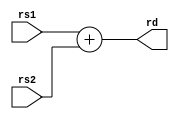
`timescale 10ns/100ps

module alu_add (
    input  [31: 0] rs1,
    input  [31: 0] rs2,
    output [31: 0] rd
    );

    assign rd = rs1 + rs2;
endmodule

module alu_sub (
    input  [31: 0] rs1,
    input  [31: 0] rs2,
    output [31: 0] rd
    );

    assign rd = rs1 - rs2;
endmodule

module alu_sll (
    input  [31: 0] rs1,
    input  [31: 0] rs2,
    output [31: 0] rd
    );

    wire   [ 4: 0]  amount;

    assign amount = rs2[4: 0];
    assign rd = rs1 << amount;
endmodule

module alu_slt (
    input  [31: 0] rs1,
    input  [31: 0] rs2,
    output [31: 0] rd
    );

    assign rd = {31'b0, $signed(rs1) < $signed(rs2)};
endmodule

module alu_sltu (
    input  [31: 0] rs1,
    input  [31: 0] rs2,
    output [31: 0] rd
    );

    assign rd = {31'b0, rs1 < rs2};
endmodule

module alu_xor (
    input  [31: 0] rs1,
    input  [31: 0] rs2,
    output [31: 0] rd
    );

    assign rd = rs1 ^ rs2;
endmodule

module alu_srl (
    input  [31: 0] rs1,
    input  [31: 0] rs2,
    output [31: 0] rd
    );

    wire   [ 4: 0]  amount;

    assign amount = rs2[4: 0];
    assign rd = rs1 >> amount;
endmodule

module alu_sra (
    input  [31: 0] rs1,
    input  [31: 0] rs2,
    output [31: 0] rd
    );

    wire   [ 4: 0]  amount;
    
    assign amount = rs2[4: 0];
    assign rd = $signed(rs1) >>> amount;
endmodule

module alu_or (
    input  [31: 0] rs1,
    input  [31: 0] rs2,
    output [31: 0] rd
    );

    assign rd = rs1 | rs2;
endmodule

module alu_and (
    input  [31: 0] rs1,
    input  [31: 0] rs2,
    output [31: 0] rd
    );

    assign rd = rs1 & rs2;
endmodule